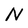
Character: N